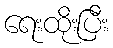
ရေးထိုးပြီး